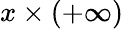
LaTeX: x\times(+\infty)